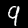
Digit: 9